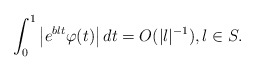
\begin{align*} \int_0^1 \left|e^{b\l t} \varphi(t)\right| dt = O(|\l|^{-1}), \l \in S.\end{align*}